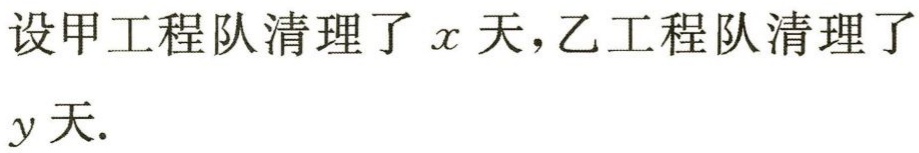
设甲工程队清理了\(x\)天，乙工程队清理了\(y\)天.